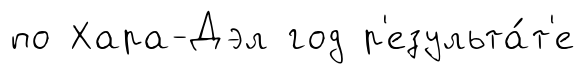
по Хара-Дэл год р'езульта́т'е